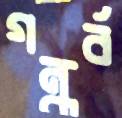
গন্ধর্ব